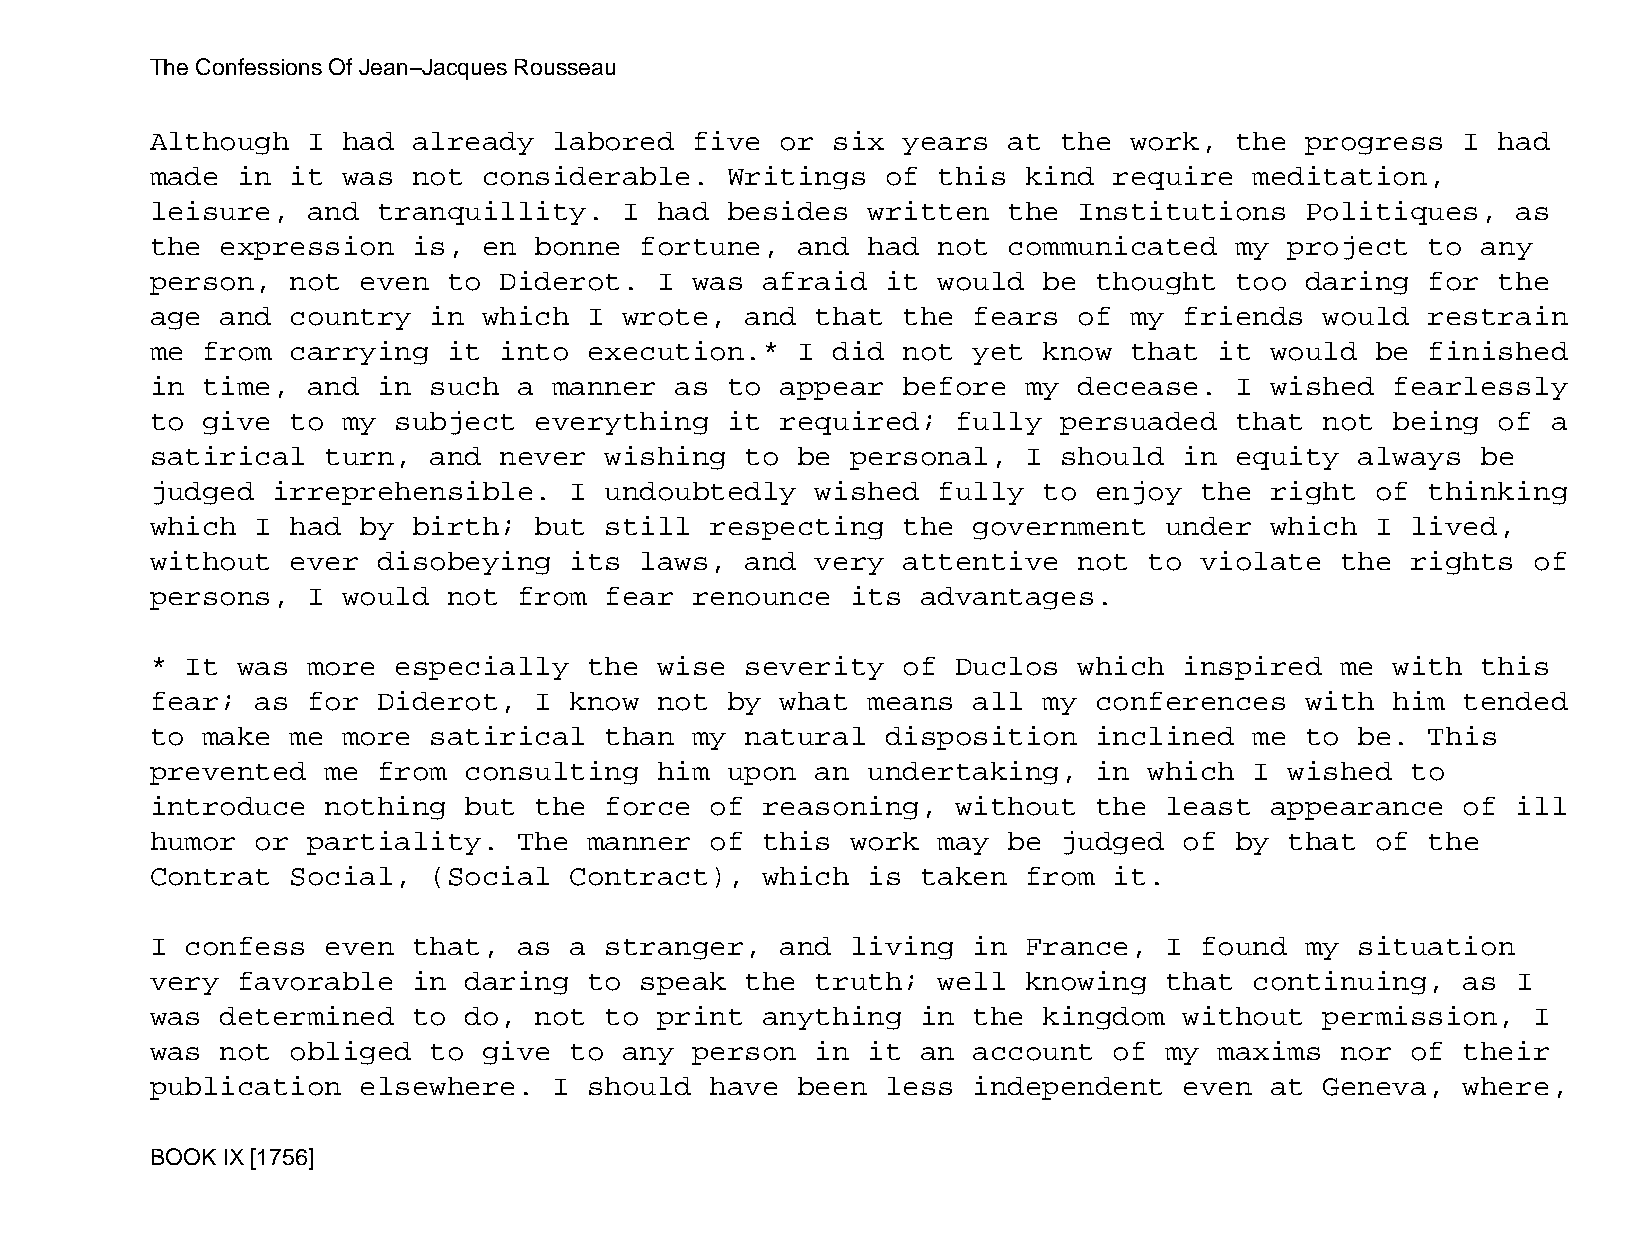
The Confessions Of Jean−Jacques Rousseau
 Although  I  had already   labored  five  or six  years  at the  work,  the progress   I had
 made  in it  was not  considerable.   Writings   of this  kind  require  meditation,
 leisure,  and  tranquillity.   I  had besides  written   the Institutions   Politiques,   as
 the  expression  is,  en bonne  fortune,   and had  not  communicated   my project   to any
 person,  not  even  to Diderot.   I was afraid   it would  be thought   too daring   for the
 age  and country  in  which  I wrote,  and  that  the fears  of  my friends   would  restrain
 me from  carrying   it into  execution.*   I did  not yet  know  that  it would  be  finished
 in time,  and  in such  a  manner  as to  appear  before  my decease.   I wished  fearlessly
 to give  to  my subject  everything   it  required;  fully  persuaded   that  not being  of  a
 satirical   turn, and  never  wishing  to  be personal,   I should  in  equity  always  be
 judged  irreprehensible.    I undoubtedly   wished  fully  to enjoy  the  right  of  thinking
 which  I had  by birth;  but  still  respecting   the government   under  which  I lived,
 without  ever  disobeying   its laws,  and  very  attentive  not  to violate   the rights  of
 persons,  I  would  not from  fear  renounce  its  advantages.
 * It  was more  especially   the  wise severity   of Duclos  which  inspired   me with  this
 fear;  as for  Diderot,  I  know  not by  what means  all  my conferences   with  him  tended
 to make  me  more satirical   than  my natural   disposition  inclined   me to  be.  This
 prevented   me from  consulting   him upon  an undertaking,   in  which  I wished  to
 introduce   nothing  but the  force  of reasoning,   without  the  least  appearance   of ill
 humor  or partiality.   The  manner  of this  work  may  be judged  of  by that  of  the
 Contrat  Social,  (Social   Contract),  which  is  taken  from  it.
 I confess   even that,  as  a stranger,   and living  in  France,  I found  my  situation
 very  favorable  in  daring  to speak  the  truth;  well  knowing  that  continuing,   as I
 was  determined  to  do, not  to  print anything   in the  kingdom  without   permission,  I
 was  not obliged  to  give  to any  person  in it  an account   of my  maxims  nor of  their
 publication   elsewhere.   I should  have  been  less independent   even  at  Geneva,  where,
 BOOK IX [1756]